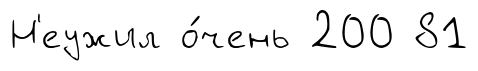
Н'еужил о́чень 200 81